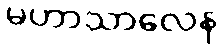
မဟာသာလေန